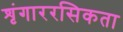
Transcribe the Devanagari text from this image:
शृंगाररसिकता